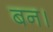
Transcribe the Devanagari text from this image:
बन।